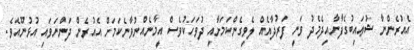
އެއުރެންނާ ޝުޢައިބުގެފާނާއިދެމެދު ވަނީ ފަރުދާއެއް ލެވިގެންކަމަށާއި ދުވަހަކުވެސް އީމާނެއްނުވާނެކަމަށް އެއުރެން ދަންނަވައި އުޅުނޫއެވެ.